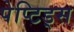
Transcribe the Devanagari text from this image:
पेप्टिड्स